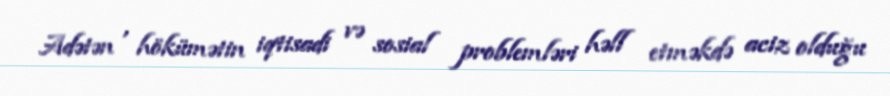
Adətən , hökümətin iqtisadi və sosial problemləri həll etməkdə aciz olduğu